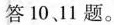
答10、11题。